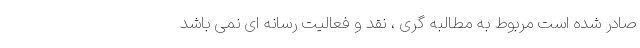
صادر شده است مربوط به مطالبه گری ، نقد و فعالیت رسانه ای نمی باشد